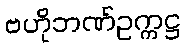
ဗဟိုဘဏ်ဥက္ကဋ္ဌ